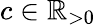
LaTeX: c\in\mathbb{R}_{>0}